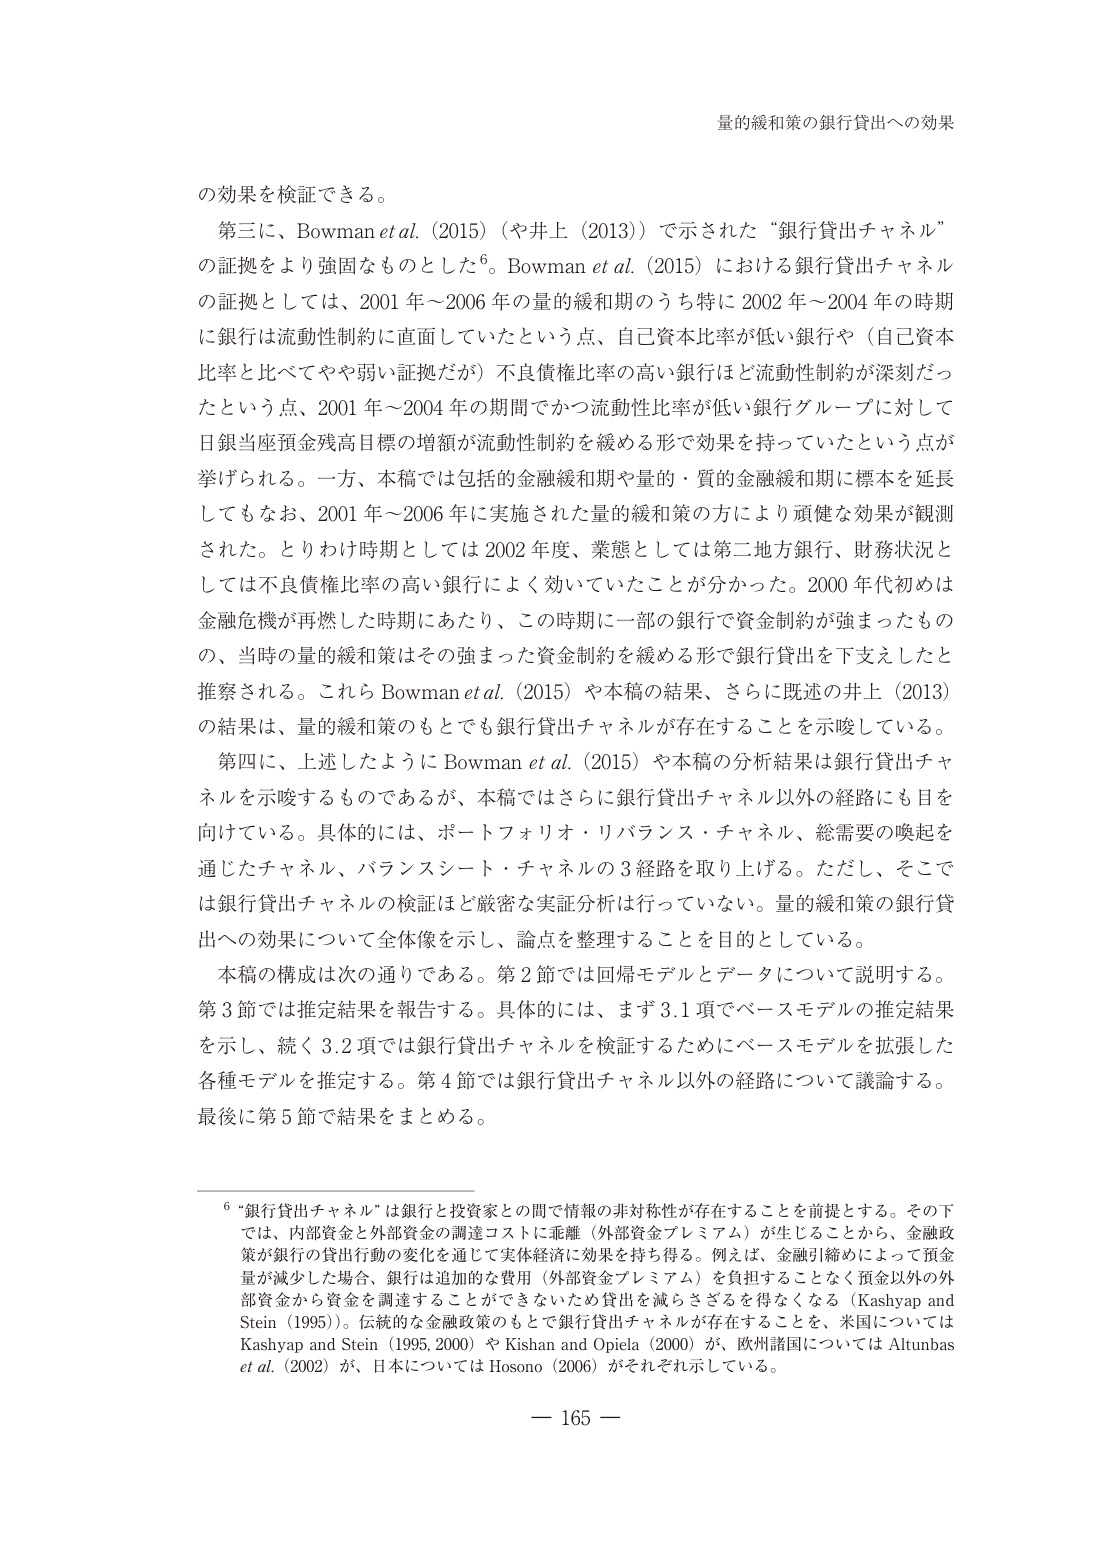
量的緩和策の銀行貸出への効果

の効果を検証できる。

第三に、Bowman et al. (2015)（や井上（2013））で示された“銀行貸出チャネル”の証拠をより強固なものとした⁶。Bowman et al. (2015) における銀行貸出チャネルの証拠としては、2001年～2006年の量的緩和期のうち特に2002年～2004年の時期に銀行は流動性制約に直面していたという点、自己資本比率が低い銀行や（自己資本比率と比べてやや弱い証拠だが）不良債権比率の高い銀行ほど流動性制約が深刻だったという点、2001年～2004年の期間でかつ流動性比率が低い銀行グループに対して日銀当座預金残高目標の増額が流動性制約を緩める形で効果を持っていたという点が挙げられる。一方、本稿では包括的金融緩和期や量的・質的金融緩和期に標本を延長してもなお、2001年～2006年に実施された量的緩和策の方により頑健な効果が観測された。とりわけ時期としては2002年度、業態としては第二地方銀行、財務状況としては不良債権比率の高い銀行によく効いていたことが分かった。2000年代初めは金融危機が再燃した時期にあたり、この時期に一部の銀行で資金制約が強まったものの、当時の量的緩和策はその強まった資金制約を緩める形で銀行貸出を下支えしたと推察される。これらBowman et al. (2015) や本稿の結果、さらに既述の井上（2013）の結果は、量的緩和策のもとでも銀行貸出チャネルが存在することを示唆している。

第四に、上述したようにBowman et al. (2015) や本稿の分析結果は銀行貸出チャネルを示唆するものであるが、本稿ではさらに銀行貸出チャネル以外の経路にも目を向けている。具体的には、ポートフォリオ・リバランス・チャネル、総需要の喚起を通じたチャネル、バランスシート・チャネルの3経路を取り上げる。ただし、そこでは銀行貸出チャネルの検証はど厳密な実証分析は行っていない。量的緩和策の銀行貸出への効果について全体像を示し、論点を整理することを目的としている。

本稿の構成は次の通りである。第2節では回帰モデルとデータについて説明する。第3節では推定結果を報告する。具体的には、まず3.1項でベースモデルの推定結果を示し、続く3.2項では銀行貸出チャネルを検証するためにベースモデルを拡張した各種モデルを推定する。第4節では銀行貸出チャネル以外の経路について議論する。最後に第5節で結果をまとめる。

⁶ “銀行貸出チャネル”は銀行と投資家との間で情報の非対称性が存在することを前提とする。その下では、内部資金と外部資金の調達コストに乖離（外部資金プレミアム）が生じることから、金融政策が銀行の貸出行動の変化を通じて実体経済に効果を持ち得る。例えば、金融引締めによって預金量が減少した場合、銀行は追加的な費用（外部資金プレミアム）を負担することなく預金以外の外部資金から資金を調達することができないため貸出を減らさざるを得なくなる（Kashyap and Stein (1995)）。伝統的な金融政策のもとで銀行貸出チャネルが存在することを、米国についてはKashyap and Stein (1995, 2000) やKishan and Opiela (2000) が、欧州諸国についてはAltunbas et al. (2002) が、日本についてはHosono (2006) がそれぞれ示している。

— 165 —